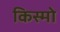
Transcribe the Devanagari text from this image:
किस्मो